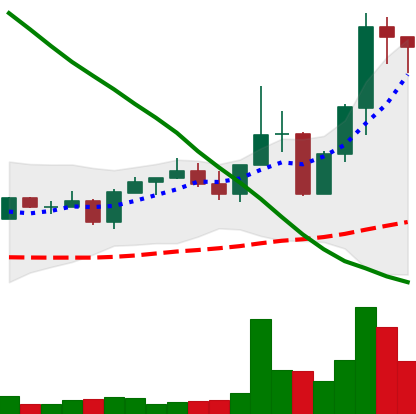
Ticker: EOS-USD
Chart end date: 2022-08-24
Forward return: -15.863%
Label: down_7plus